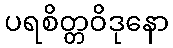
ပရစိတ္တဝိဒုနော